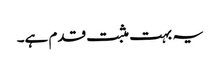
یہ بہت مثبت قدم ہے۔